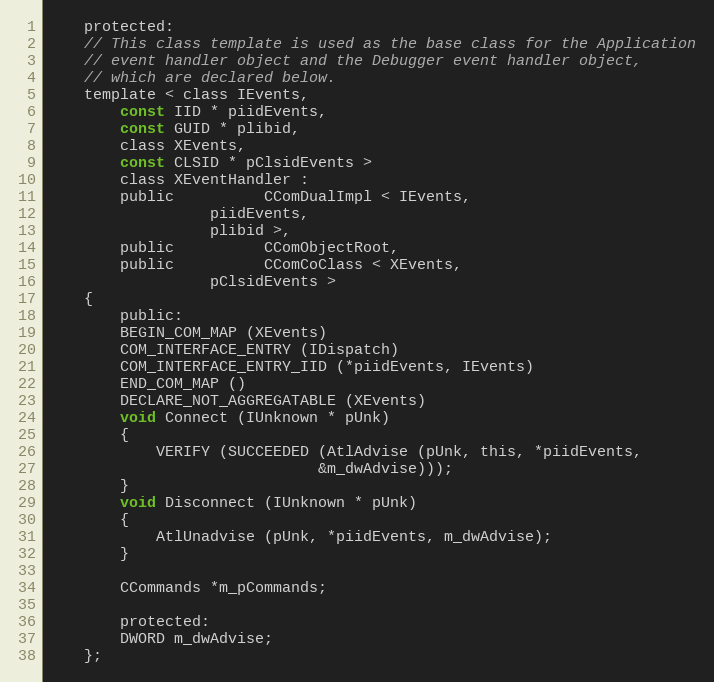
Language: C
    protected:
	// This class template is used as the base class for the Application
	// event handler object and the Debugger event handler object,
	// which are declared below.
	template < class IEvents,
		const IID * piidEvents,
		const GUID * plibid,
		class XEvents,
		const CLSID * pClsidEvents >
		class XEventHandler :
		public	      CComDualImpl < IEvents,
			      piidEvents,
			      plibid >,
		public	      CComObjectRoot,
		public	      CComCoClass < XEvents,
			      pClsidEvents >
	{
	    public:
		BEGIN_COM_MAP (XEvents)
		COM_INTERFACE_ENTRY (IDispatch)
		COM_INTERFACE_ENTRY_IID (*piidEvents, IEvents)
		END_COM_MAP ()
		DECLARE_NOT_AGGREGATABLE (XEvents)
		void Connect (IUnknown * pUnk)
		{
			VERIFY (SUCCEEDED (AtlAdvise (pUnk, this, *piidEvents,
						      &m_dwAdvise)));
		}
		void Disconnect (IUnknown * pUnk)
		{
			AtlUnadvise (pUnk, *piidEvents, m_dwAdvise);
		}

		CCommands *m_pCommands;

	    protected:
		DWORD m_dwAdvise;
	};